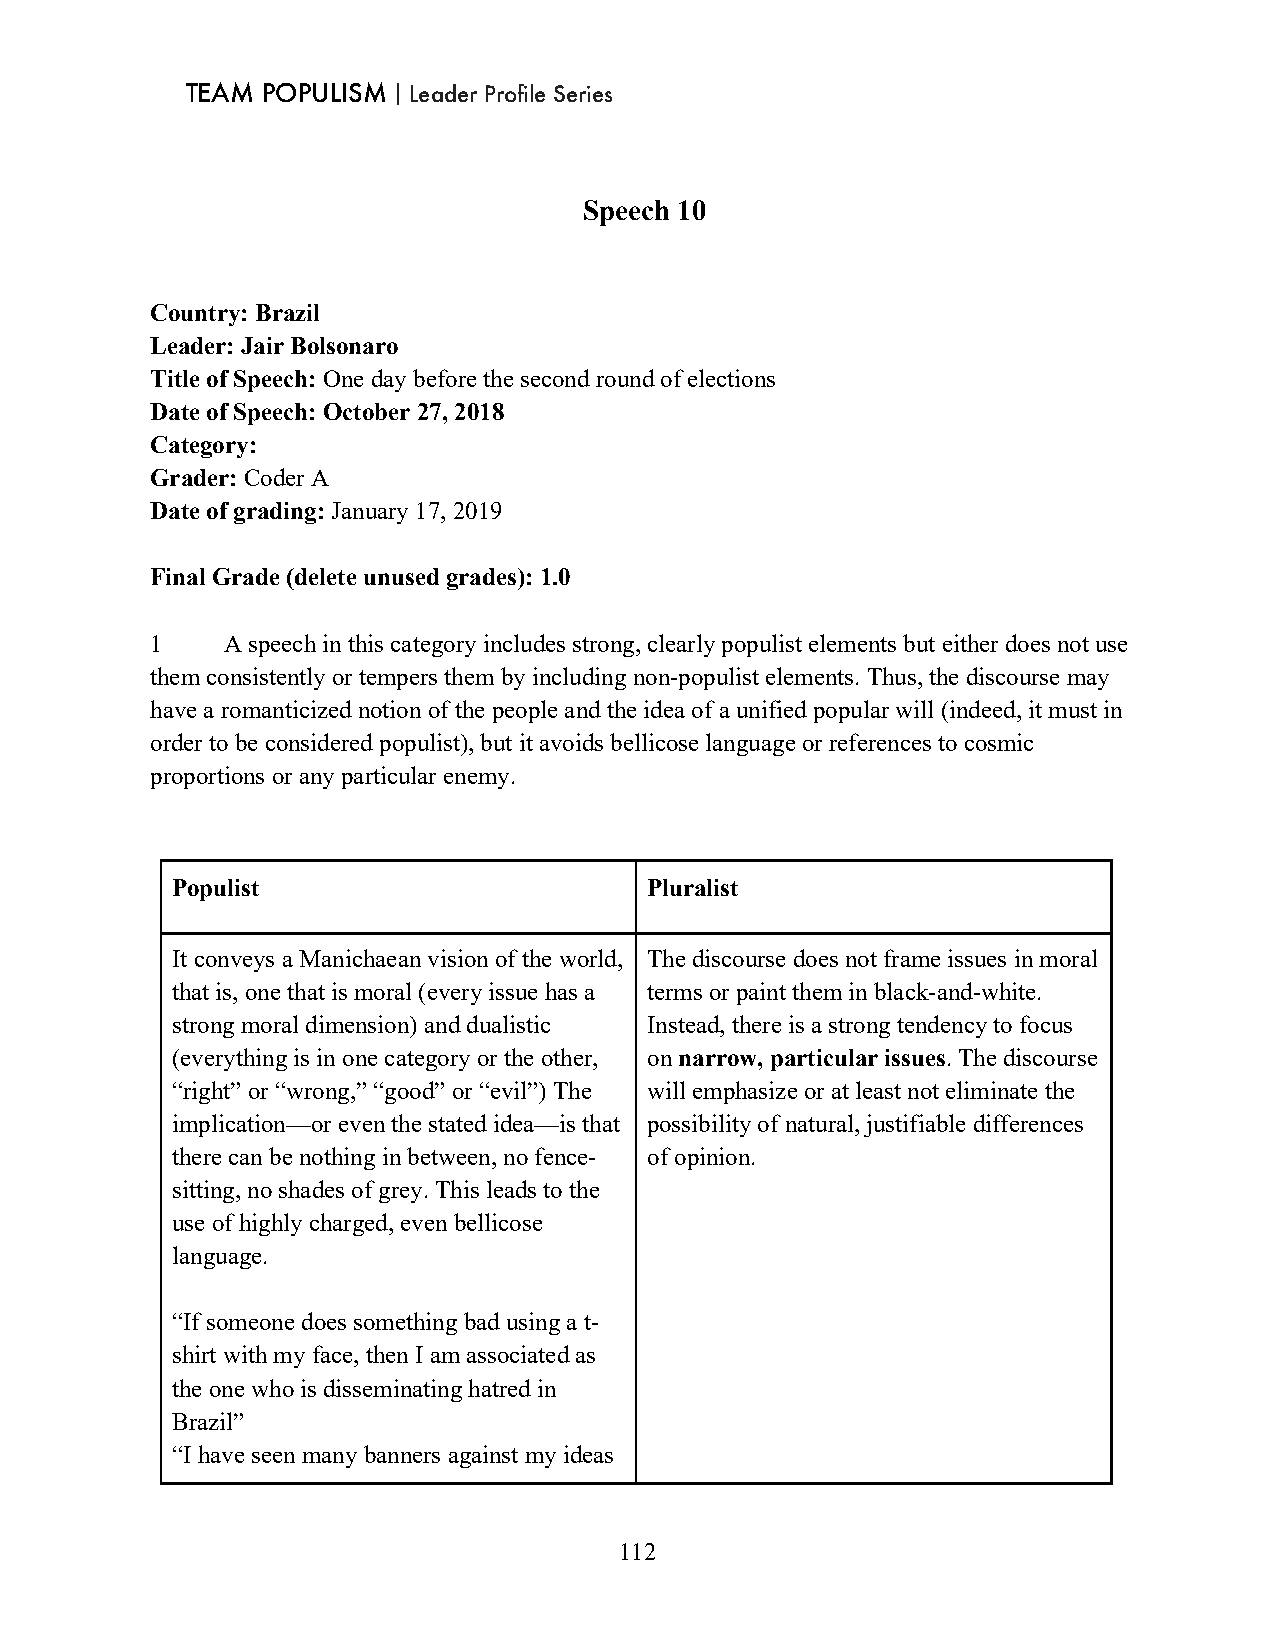
TEAM POPULISM｜Leader Profile Series
 Speech 10
 Country: Brazil
 Leader: Jair Bolsonaro
 Title of Speech: One day before the second round of elections
 Date of Speech: October 27, 2018
 Category:
 Grader: Coder A
 Date of grading: January 17, 2019
 Final Grade (delete unused grades): 1.0
 1    A speech in this category includes strong, clearly populist elements but either does not use
 them consistently or tempers them by including non-populist elements. Thus, the discourse may
 have a romanticized notion of the people and the idea of a unified popular will (indeed, it must in
 order to be considered populist), but it avoids bellicose language or references to cosmic
 proportions or any particular enemy.
 Populist                        Pluralist
 It conveys a Manichaean vision of the world, The discourse does not frame issues in moral
 that is, one that is moral (every issue has a terms or paint them in black-and-white.
 strong moral dimension) and dualistic Instead, there is a strong tendency to focus
 (everything is in one category or the other, on narrow, particular issues. The discourse
 “right” or “wrong,” “good” or “evil”) The will emphasize or at least not eliminate the
 implication—or even the stated idea—is that possibility of natural, justifiable differences
 there can be nothing in between, no fence- of opinion.
 sitting, no shades of grey. This leads to the
 use of highly charged, even bellicose
 language.
 “If someone does something bad using a t-
 shirt with my face, then I am associated as
 the one who is disseminating hatred in
 Brazil”
 “I have seen many banners against my ideas
 112